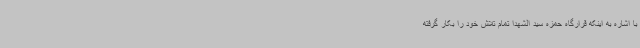
با اشاره به اینکه قرارگاه حمزه سید الشهدا تمام تلاش خود را بکار گرفته